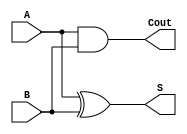
module GateLevel(A, B, S, Cout);

input A,B;
output S,Cout;

and U1(Cout, A, B);
xor U2(S, A, B);

endmodule